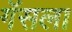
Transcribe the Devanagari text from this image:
गॅसला